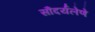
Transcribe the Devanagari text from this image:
सौंदर्यलेणे